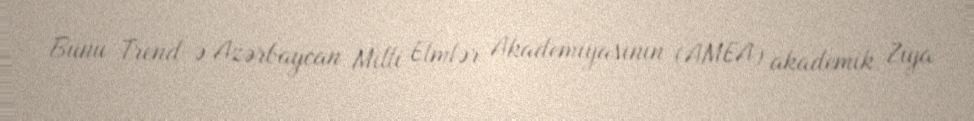
Bunu Trend-ə Azərbaycan Milli Elmlər Akademiyasının (AMEA) akademik Ziya